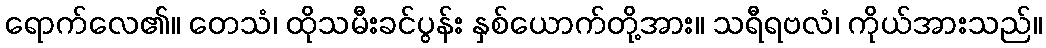
ရောက်လေ၏။ တေသံ၊ ထိုသမီးခင်ပွန်း နှစ်ယောက်တို့အား။ သရီရဗလံ၊ ကိုယ်အားသည်။